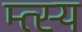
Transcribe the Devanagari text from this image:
म्त्स्य